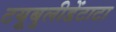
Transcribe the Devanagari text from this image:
टयूबुलीडेंटाटा